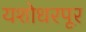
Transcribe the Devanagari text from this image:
यशोधरपूर